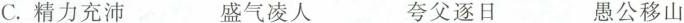
C. 精力充沛 盛气凌人 夸父逐日 愚公移山